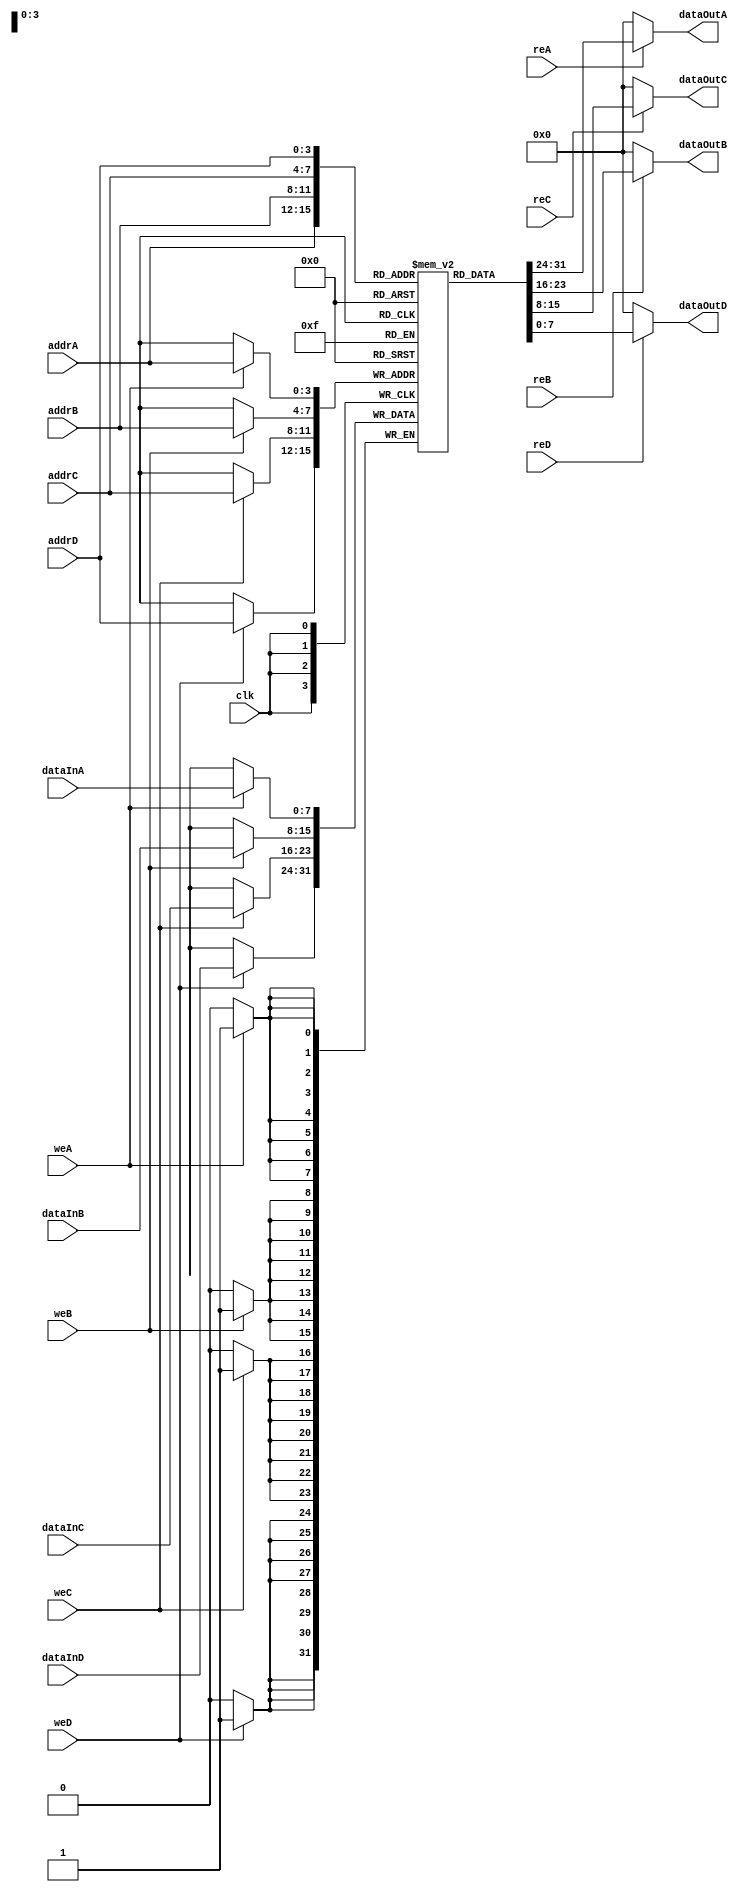
module QuadPortRegisterFile (
    input wire clk,
    input wire [3:0] addrA,
    input wire [3:0] addrB,
    input wire [3:0] addrC,
    input wire [3:0] addrD,
    input wire [7:0] dataInA,
    input wire [7:0] dataInB,
    input wire [7:0] dataInC,
    input wire [7:0] dataInD,
    input wire weA,
    input wire weB,
    input wire weC,
    input wire weD,
    input wire reA,
    input wire reB,
    input wire reC,
    input wire reD,
    output wire [7:0] dataOutA,
    output wire [7:0] dataOutB,
    output wire [7:0] dataOutC,
    output wire [7:0] dataOutD
);

reg [7:0] regfile [15:0];

always @(posedge clk) begin
    if (weA) begin
        regfile[addrA] <= dataInA;
    end
    if (weB) begin
        regfile[addrB] <= dataInB;
    end
    if (weC) begin
        regfile[addrC] <= dataInC;
    end
    if (weD) begin
        regfile[addrD] <= dataInD;
    end
end

assign dataOutA = (reA) ? regfile[addrA] : 8'b0;
assign dataOutB = (reB) ? regfile[addrB] : 8'b0;
assign dataOutC = (reC) ? regfile[addrC] : 8'b0;
assign dataOutD = (reD) ? regfile[addrD] : 8'b0;

endmodule